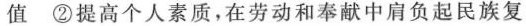
值 ②提高个人素质，在劳动和奉献中肩负起民族复